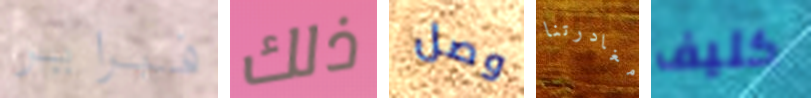
فبراير ذلك وصل مغادرتنا كليف